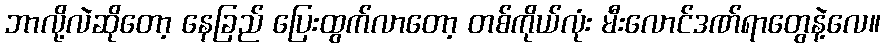
ဘာလို့လဲဆိုတော့ နေခြည် ပြေးထွက်လာတော့ တစ်ကိုယ်လုံး မီးလောင်ဒဏ်ရာတွေနဲ့လေ။